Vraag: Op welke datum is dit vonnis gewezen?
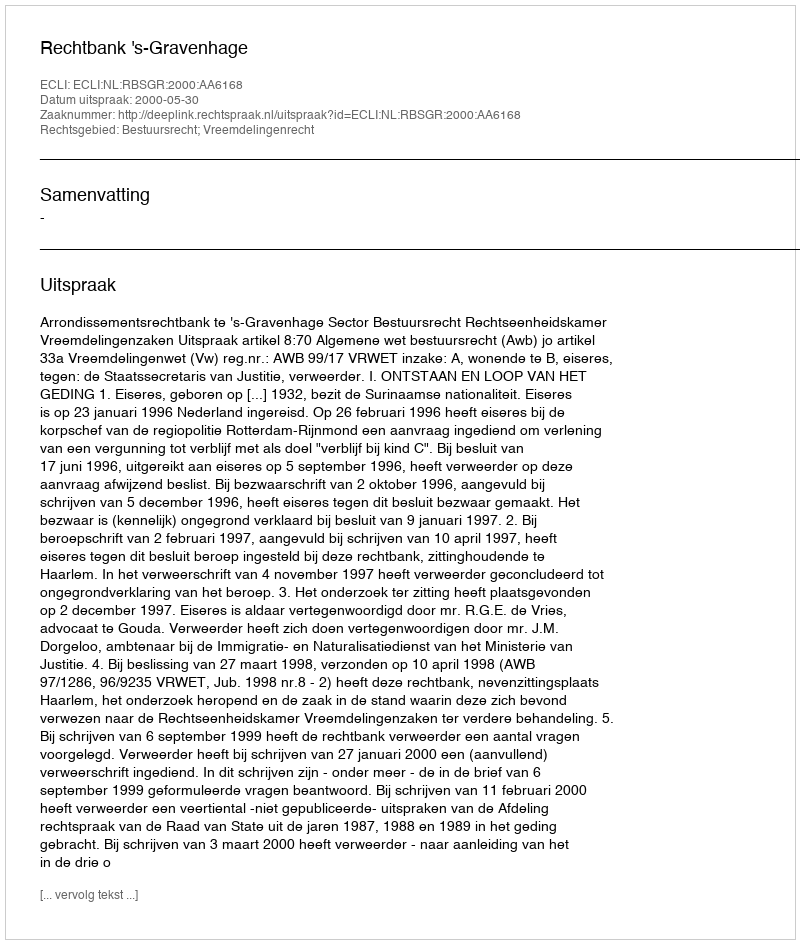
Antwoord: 2000-05-30